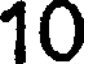
10